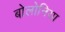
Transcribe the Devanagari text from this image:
बोलोनिया